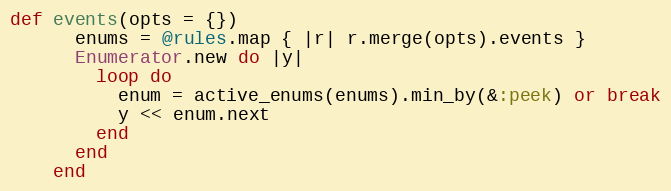
Language: Ruby
def events(opts = {})
      enums = @rules.map { |r| r.merge(opts).events }
      Enumerator.new do |y|
        loop do
          enum = active_enums(enums).min_by(&:peek) or break
          y << enum.next
        end
      end
    end